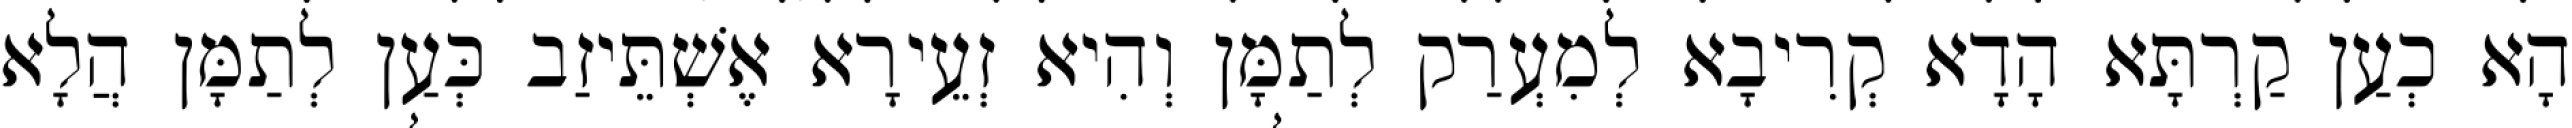
הָא כְעַן קַרְתָּא הָדָא קְרִיבָא לְמִעְרַק לְתַמָּן וְהִיא זְעֵירָא אֶשְׁתֵּיזַב כְּעַן לְתַמָּן הֲלָא